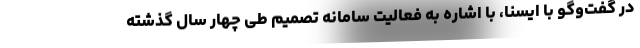
در گفت‌وگو با ایسنا، با اشاره به فعالیت سامانه تصمیم طی چهار سال گذشته